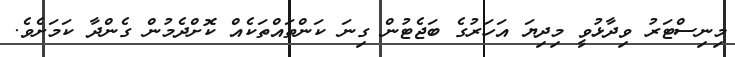
މިނިސްޓަރު ވިދާޅުވީ މިދިޔަ އަހަރުގެ ބަޖެޓުން ގިނަ ކަންތައްތަކެއް ކޮށްދެމުން ގެންދާ ކަމަށެވެ.